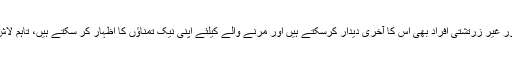
کمرے کے درمیان میں ایک سفید چادر بچھا کر لاش اس پر رکھ دی جاتی ہے اب قریبی عزیز اور غیر زرتشتی افراد بھی اس کا آخری دیدار کرسکتے ہیں اور مرنے والے کیلئے اپنی نیک تمناؤں کا اظہار کر سکتے ہیں، تاہم لاش کو چھونے کی اجازت کسی کو نہیں ہوتی سوائے ان لوگوں کے جو تہجیز وتکفین پر مامور ہیں۔